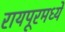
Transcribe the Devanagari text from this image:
रायपूरमध्ये